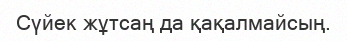
Сүйек жұтсаң да қақалмайсың.